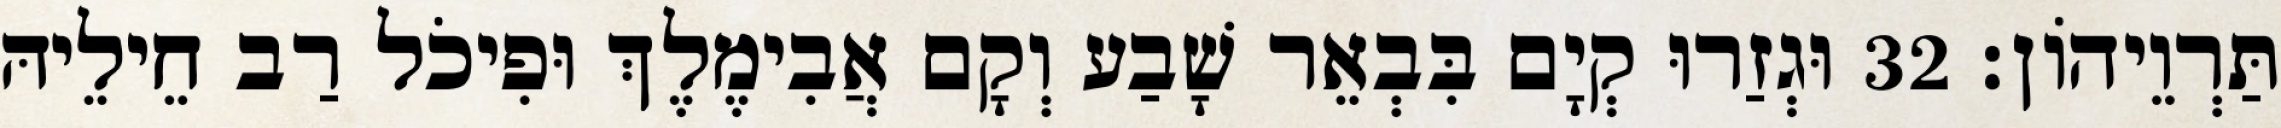
תַּרְוֵיהוֹן׃ 32 וּגְזַרוּ קְיָם בִּבְאֵר שָׁבַע וְקָם אֲבִימֶלֶךְ וּפִיכֹל רַב חֵילֵיהּ